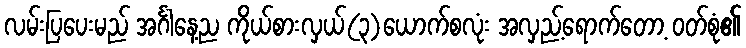
လမ်းပြပေးမည် အင်္ဂါနေ့ည ကိုယ်စားလှယ်(၃)ယောက်စလုံး အလှည့်ရောက်တော့ ဝတ်စုံ၏